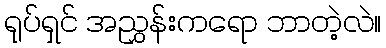
ရုပ်ရှင် အညွှန်းကရော ဘာတဲ့လဲ။